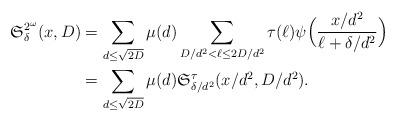
LaTeX: \begin{align*}\mathfrak{S}_{\delta}^{2^{\omega}}(x, D)& = \sum_{d\le \sqrt{2D}} \mu(d) \sum_{D/d^2<\ell\le 2D/d^2} \tau(\ell) \psi\Big(\frac{x/d^2}{\ell+\delta/d^2}\Big)\\& = \sum_{d\le \sqrt{2D}} \mu(d) \mathfrak{S}_{\delta/d^2}^{\tau}(x/d^2, D/d^2).\end{align*}